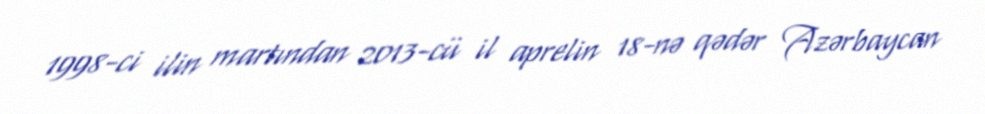
1998-ci ilin martından 2013-cü il aprelin 18-nə qədər Azərbaycan